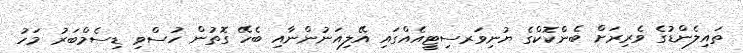
ތައިލެންޑުގެ ވެރިރަށް ބެންކޮކްގެ ޔުނިވަރސިޓީއެއްގައި އޭލިއަނުންނާއި ބެހޭ ގޮތުން ހުސްވި ޑިސެމްބަރު މަހު